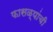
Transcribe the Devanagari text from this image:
फासळ्यांची